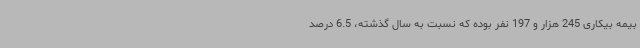
بیمه بیکاری 245 هزار و 197 نفر بوده که نسبت به سال گذشته، 6.5 درصد